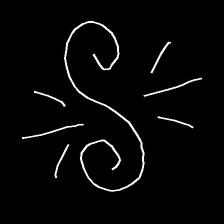
Glyph: wind-directs-air